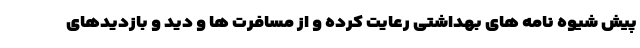
پیش شیوه نامه های بهداشتی رعایت کرده و از مسافرت ها و دید و بازدیدهای